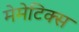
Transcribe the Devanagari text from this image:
मेमेटिक्स